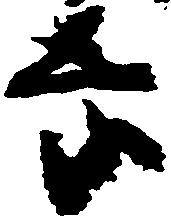
慶